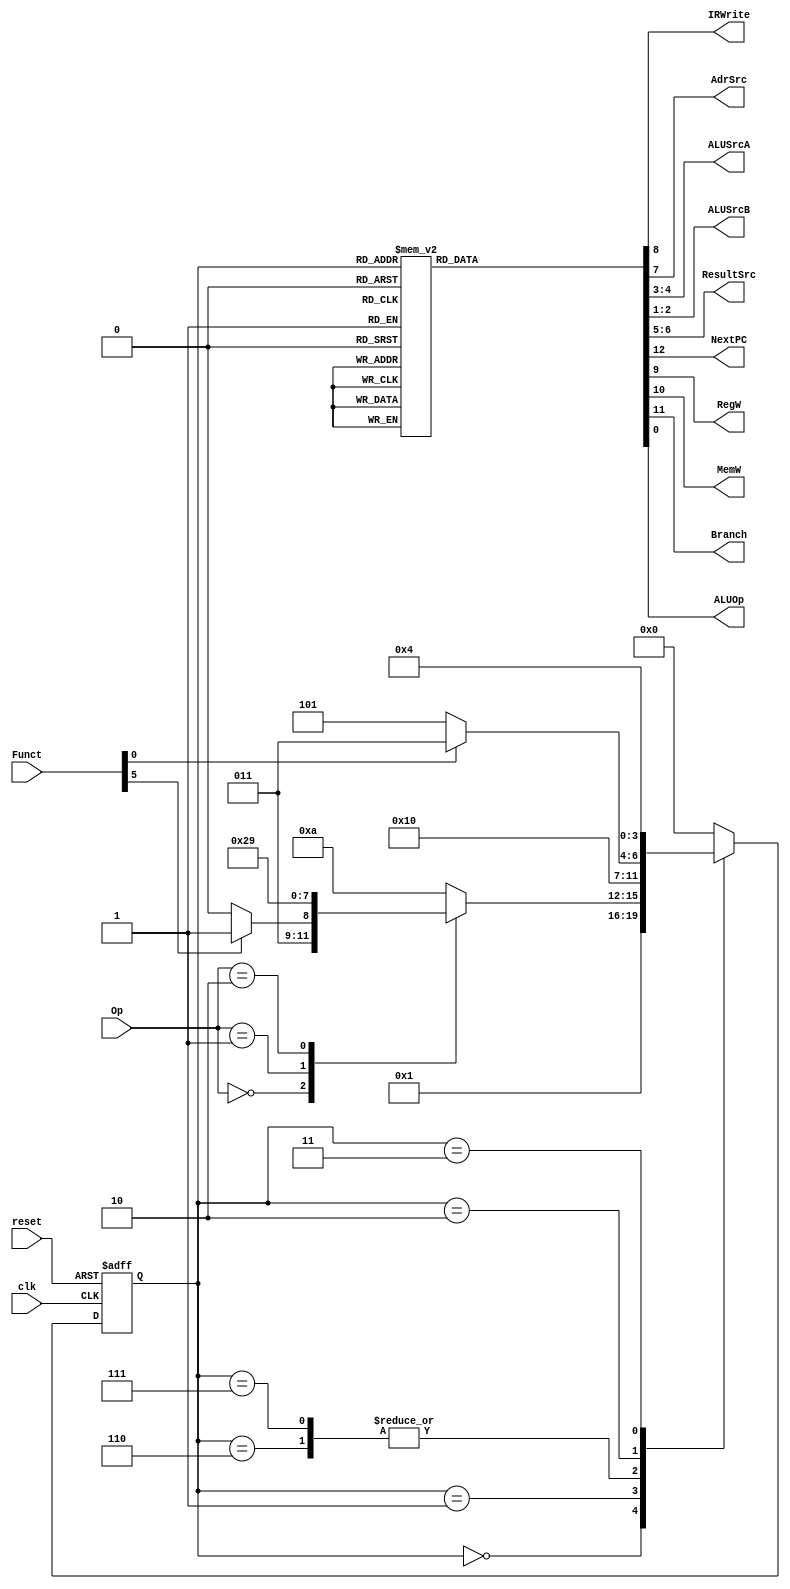
module mainfsm(input          clk,
               input          reset,
               input  [1:0]   Op,
               input  [5:0]   Funct,
               output         IRWrite,
               output         AdrSrc,
               output [1:0]   ALUSrcA, ALUSrcB, ResultSrc,
               output         NextPC, RegW, MemW, Branch, ALUOp);  
              
  localparam [3:0] FETCH = 4'd0,
                   DECODE = 4'd1,
                   MEMADR = 4'd2,
                   MEMRD = 4'd3,
                   MEMWB = 4'd4,
                   MEMWR = 4'd5,
                   EXECUTER = 4'd6,
                   EXECUTEI = 4'd7,
                   ALUWB = 4'd8,
                   BRANCH = 4'd9,
				   UNKNOWN = 4'd10;

  reg [3:0] state, nextstate;
  reg [12:0] controls;
  
  // state register
  always @(posedge clk or posedge reset)
    if (reset) state <= FETCH;
    else state <= nextstate;
  
  // next state logic
  always @(*)
    casex(state)
      FETCH:                    nextstate = DECODE;
      DECODE: case(Op)
                2'b00: 
                  if (Funct[5]) nextstate = EXECUTEI;
                  else          nextstate = EXECUTER;
                2'b01:          nextstate = MEMADR;
                2'b10:          nextstate = BRANCH;
                default:        nextstate = UNKNOWN;
              endcase
      EXECUTER:
                                nextstate = ALUWB;                  
      EXECUTEI:
                                nextstate = ALUWB;                  
      MEMADR: 
                if (Funct[0] == 1) 
                                nextstate = MEMRD;
                else
                                nextstate = MEMWR;
      MEMRD:
                                nextstate = MEMWB;                     
      default:                  nextstate = FETCH; 
    endcase
    
  // state-dependent output logic
  always @(*)
    case(state)
      FETCH: 	controls = 13'b10001_010_01100; 
      DECODE:  	controls = 13'b00000_010_01100;      
      MEMADR:   controls = 13'b00000_000_00010;      
      MEMRD:    controls = 13'h0080;
      MEMWB:    controls = 13'h0220;
      MEMWR:    controls = 13'h0480;
      EXECUTER: controls = 13'h0001;
      EXECUTEI: controls = 13'h0003;
      ALUWB:    controls = 13'h0200;
      BRANCH:   controls = 13'h0852;
      default: 	controls = 13'bxxxxx_xxx_xxxxx;
    endcase

  assign {NextPC, Branch, MemW, RegW, IRWrite,
          AdrSrc, ResultSrc,   
          ALUSrcA, ALUSrcB, ALUOp} = controls;
endmodule